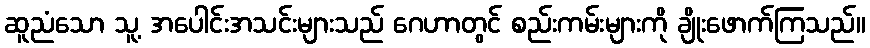
ဆူညံသော သူ့ အပေါင်းအသင်းများသည် ဂေဟာတွင် စည်းကမ်းများကို ချိုးဖောက်ကြသည်။